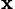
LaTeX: _{\mathbf{x}}